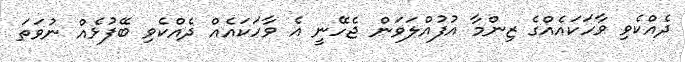
ދެއްކެވި ވާހަކައެއްގެ ޒިންމާ އުފުއްލަވަން ޖެހޭނީ އެ ވާހަކައެއް ދެއްކެވި ބޭފުޅެއް ނުވަތަ